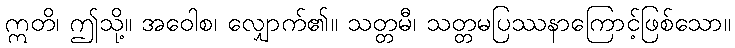
ဣတိ၊ ဤသို့။ အဝေါစ၊ လျှောက်၏။ သတ္တမီ၊ သတ္တမပြဿနာကြောင့်ဖြစ်သော။